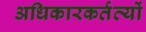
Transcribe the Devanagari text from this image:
अधिकारकर्तव्यों